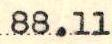
88.11